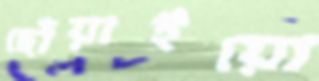
ছোঁয়াইয়ো